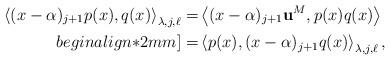
LaTeX: \begin{align*} \left\langle (x-\alpha)_{j+1}p(x),q(x)\right\rangle_{\lambda,j,\ell}=&\left\langle (x-\alpha)_{j+1}{\bf u}^{M}, p(x)q(x)\right\rangle \\begin{align*}2mm]=&\left\langle p(x), (x-\alpha)_{j+1}q(x)\right\rangle_{\lambda,j,\ell},\end{align*}